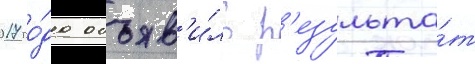
2017 го́да объяв'и́ло р'езульта́т